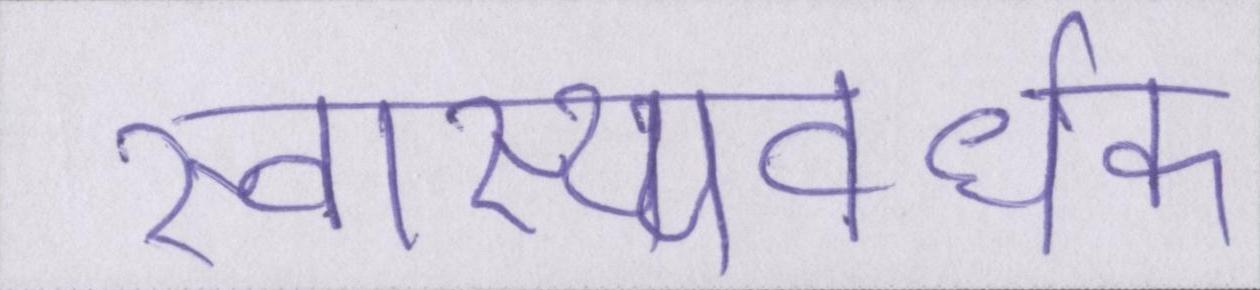
स्वास्थ्यवर्धक